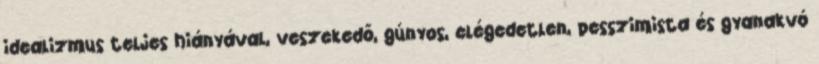
idealizmus teljes hiányával, veszekedő, gúnyos, elégedetlen, pesszimista és gyanakvó